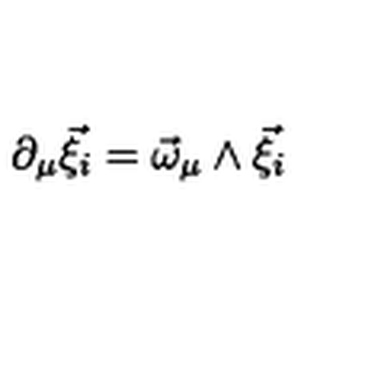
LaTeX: \partial _ { \mu } \vec { \xi } _ { i } = \vec { \omega } _ { \mu } \wedge \vec { \xi } _ { i }